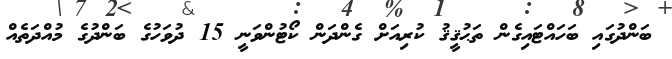
ބަންދުގައި ބަހައްޓައިގެން ތަޙުޤީޤު ކުރިއަށް ގެންދަން ކޯޓުންވަނީ 15 ދުވަހުގެ ބަންދުގެ މުއްދަތެއް